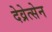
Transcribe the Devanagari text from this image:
देव्रेत्सेन